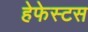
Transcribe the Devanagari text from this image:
हेफेस्टस